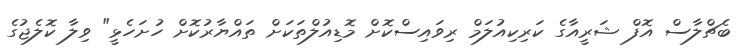
ބެޗްލާސް އޮފް ޝަރީއާގެ ކަރިކިއުލަމް ރިވައިސްކޮށް މޮޑިއުލްތަކަށް ތައްޔާރުކޮށް ހުށަހެޅީ" ވިލާ ކޮލެޖުގެ